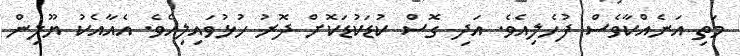
މަތި އަނެއްކާވެސް ފުހެލިއެވެ. އަދި ގޮސް ކުޑަކުޑަކޮށް ދޮރު ހުޅުވައިލިއެވެ. އެއާއެކު ޔޫލިން